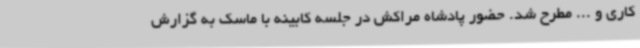
کاری و ... مطرح شد. حضور پادشاه مراکش در جلسه کابینه با ماسک به گزارش